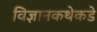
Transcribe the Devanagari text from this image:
विज्ञानकथेकडे